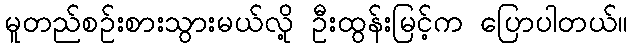
မူတည်စဉ်းစားသွားမယ်လို့ ဦးထွန်းမြင့်က ပြောပါတယ်။